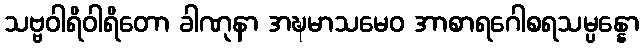
သဗ္ဗဝါရိဝါရိတော ခါဏုနာ အဍ္ဎမာသမေဝ အာစာရဂေါစရသမ္ပန္နော